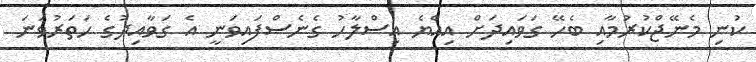
ކުނި މެނޭޖްކުރުމާއި ބެހޭ ގަވައިދަށް އިއްޔެ އިސްލާހު ގެނެސްފައިވަނީ އެ ގަވާއިދުގެ ހަތަރުވަނަ